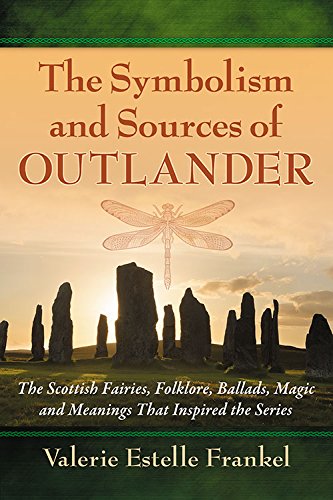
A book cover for The Symbolism and Sources of Outlander: The Scottish Fairies, Folklore, Ballads, Magic and Meanings That Inspired the Series; Valerie Estelle Frankel; Science Fiction & Fantasy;